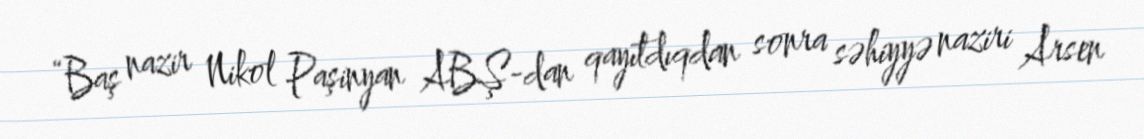
“Baş nazir Nikol Paşinyan ABŞ-dan qayıtdıqdan sonra səhiyyə naziri Arsen